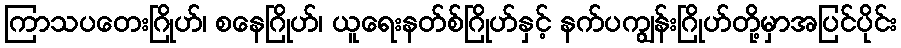
ကြာသပတေးဂြိုဟ်၊ စနေဂြိုဟ်၊ ယူရေးနတ်စ်ဂြိုဟ်နှင့် နက်ပကျွန်းဂြိုဟ်တို့မှာအပြင်ပိုင်း